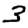
Digit: 3